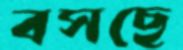
বসছে